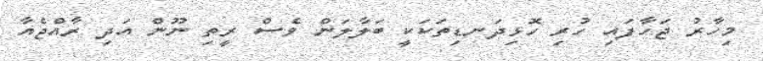
މިހާރު ޖަހާފައި ހުރި ހޮޅިދަނޑިތަކަކީ ބަލާލަން ވެސް ރީތި ނޫން އަދި ރާއްޖެއާ